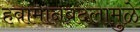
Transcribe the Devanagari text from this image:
हवामानबदलामुळे